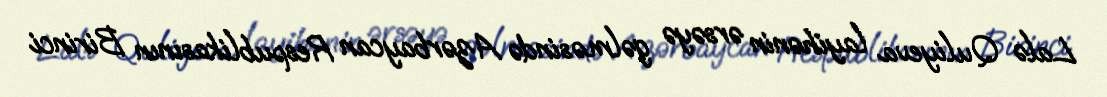
Lalə Quliyeva layihənin ərsəyə gəlməsində Azərbaycan Respublikasının Birinci